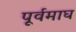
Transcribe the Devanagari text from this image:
पूर्वमाघ